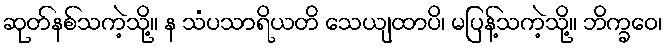
ဆုတ်နစ်သကဲ့သို့။ န သံပသာရိယတိ သေယျထာပိ၊ မပြန့်သကဲ့သို့။ ဘိက္ခဝေ၊